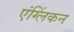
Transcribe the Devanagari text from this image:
एंग्लिंकन